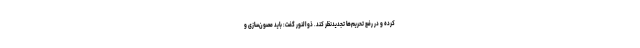
کرده و در رفع تحریم‌ها تجدیدنظر کند. ذوالنور گفت: باید مصون‌سازی و